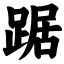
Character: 踞